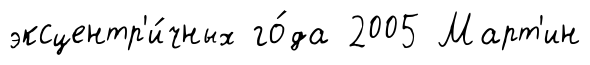
эксцентр'и́чных го́да 2005 Март'ин